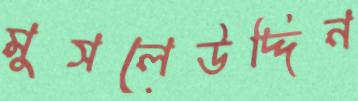
মুসলেউদ্দিন